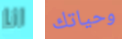
انا وحياتك